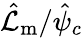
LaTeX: \hat{\mathcal{L}}_{\mathrm{m}}/\hat{\psi}_{c}